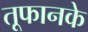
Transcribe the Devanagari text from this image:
तूफानके